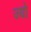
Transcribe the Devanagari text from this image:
ज्‍यो